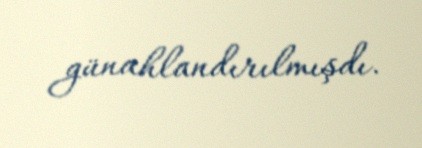
günahlandırılmışdı.